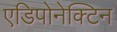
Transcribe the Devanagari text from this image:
एडिपोनेक्टिन